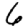
Digit: 6